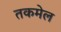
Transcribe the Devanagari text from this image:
तकमेल